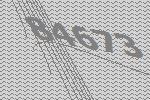
84673